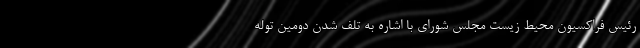
رئیس فراکسیون محیط زیست مجلس شورای با اشاره به تلف شدن دومین توله